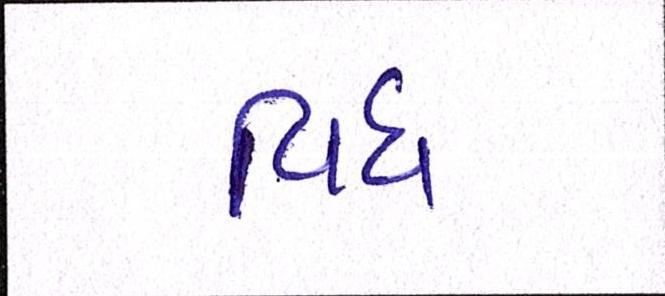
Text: વિધ